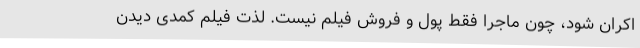
اکران شود، چون ماجرا فقط پول و فروش فیلم نیست. لذت فیلم کمدی دیدن